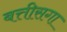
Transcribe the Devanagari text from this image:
बत्तीसगा